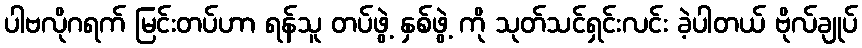
ပါဗလိုဂရက် မြင်းတပ်ဟာ ရန်သူ တပ်ဖွဲ့ နှစ်ဖွဲ့ ကို သုတ်သင်ရှင်းလင်း ခဲ့ပါတယ် ဗိုလ်ချုပ်